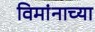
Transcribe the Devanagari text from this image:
विमांनाच्या